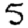
Digit: 5